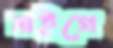
নাইগে